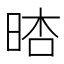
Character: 𣇏